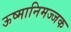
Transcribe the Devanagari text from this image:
ऊष्मानिमज्जक